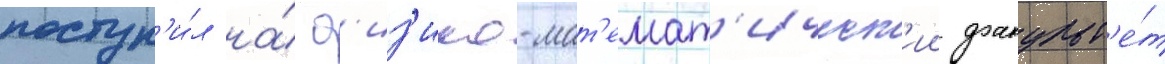
поступ'и́л на́ ф'из'ико-мат'емат'ическ'ии факульт'е́т